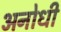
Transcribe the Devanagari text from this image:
अनोधी